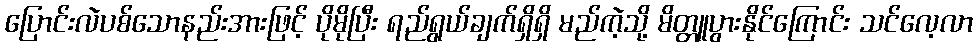
ပြောင်းလဲပစ်သောနည်းအားဖြင့် ပိုမိုပြီး ရည်ရွယ်ချက်ရှိရှိ မည်ကဲ့သို့ မိတ္တူပွားနိုင်ကြောင်း သင်လေ့လာ